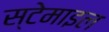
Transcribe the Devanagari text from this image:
स्टेमाइल